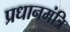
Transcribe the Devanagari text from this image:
प्रधानमंत्रि